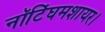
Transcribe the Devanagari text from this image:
नॉटिंघमशायर।